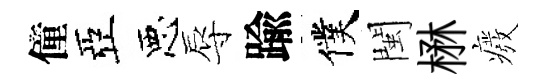
僮亞惡辱踰僕閩楙癈